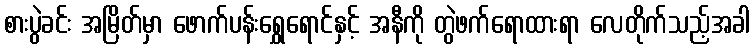
စားပွဲခင်း အမြိတ်မှာ ဖောက်ပန်းရွှေရောင်နှင့် အနီကို တွဲဖက်ရောထားရာ လေတိုက်သည့်အခါ